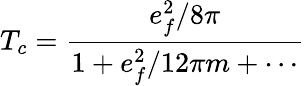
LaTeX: T_{c}=\frac{e_{f}^{2}/8\pi}{1+e_{f}^{2}/12\pi m+\cdots}